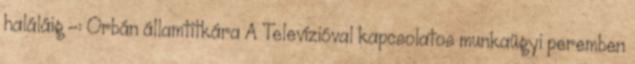
haláláig -: Orbán államtitkára A Televízióval kapcsolatos munkaügyi peremben